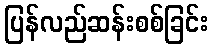
ပြန်လည်ဆန်းစစ်ခြင်း